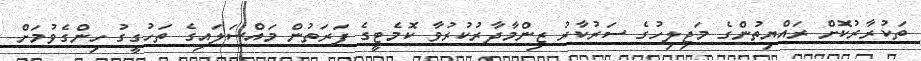
ތަކުރާރުކޮށް ރައްޔިތުންގެ މަޖިލިހުގެ ސަރުކާރު ޒިންމާދާރުކުރުވާ ކޮމެޓީގެ ފަރަތުން މައްސަލައިގެ ތަހުގީގު ހިންގެވުމަށް